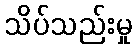
သိပ်သည်းမှု